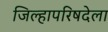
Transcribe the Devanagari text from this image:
जिल्हापरिषदेला